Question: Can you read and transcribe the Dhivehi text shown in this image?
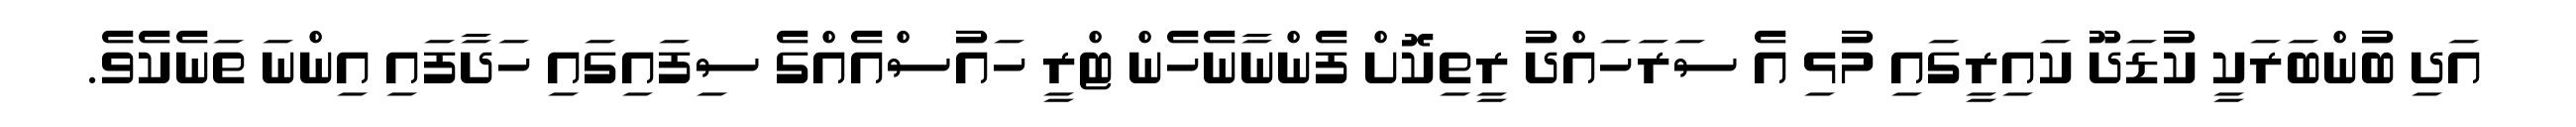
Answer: އަދި ބުންބަރަކީ ކުޑަދޫ ކައިރީގައި މުޅި އެ ސަރަހައްދު ރީތިކޮށް ފެންނާނެހެން ޓްރީ ހައުސްއެއްގެ ސިފައިގައި ހަދާފައި އިންނަ ތަނެކެވެ.